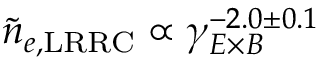
\tilde { n } _ { e , \mathrm { L R R C } } \propto \gamma _ { E \times B } ^ { - 2 . 0 \pm 0 . 1 }